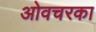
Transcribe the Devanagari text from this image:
ओवचरका